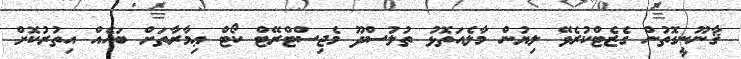
ޤާނޫނީގޮތުން ގެޒެޓްކުރެވޭ ލިޔުން މާލެއަތޮޅު ތުލުސްދޫ މެޖިސްޓްރޭޓް ކޯޓް ޢިމާރާތަށް ބައެއް އިތުރުކޮށް